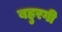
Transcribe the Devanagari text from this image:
बहुरगी